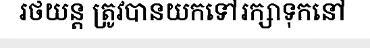
រថយន្ត ត្រូវបានយកទៅរក្សាទុកនៅ